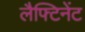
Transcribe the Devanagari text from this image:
लैफ्टिनेंट